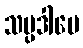
သမ္ပဒါပေ